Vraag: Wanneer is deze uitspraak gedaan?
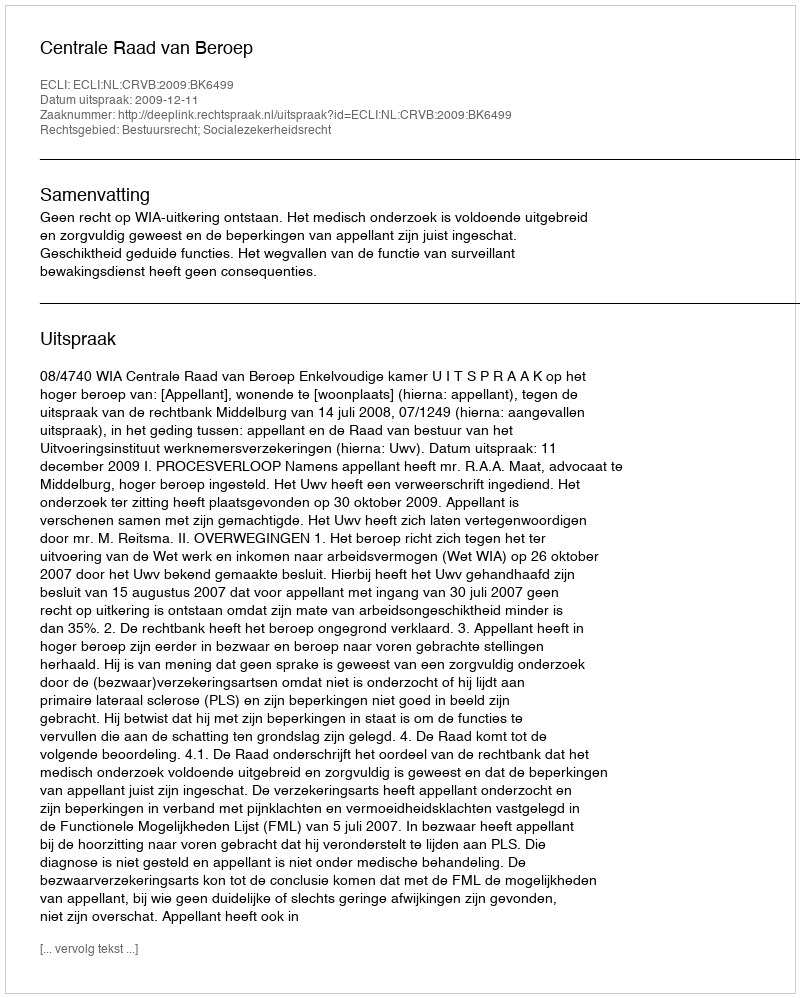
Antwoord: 2009-12-11